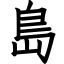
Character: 島